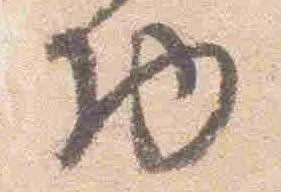
物